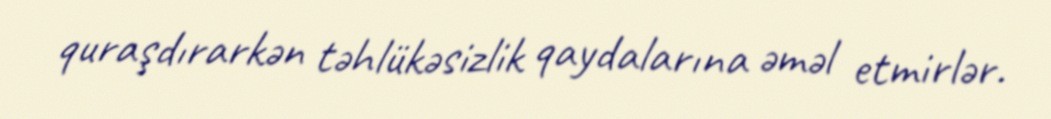
quraşdırarkən təhlükəsizlik qaydalarına əməl etmirlər.